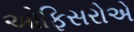
ઓફિસરોએ